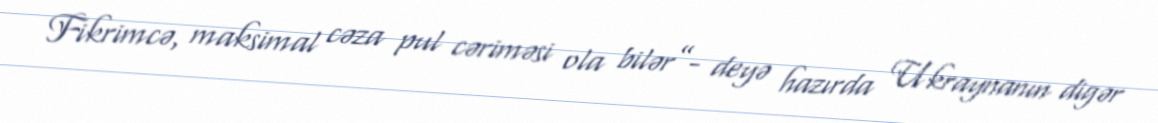
Fikrimcə, maksimal cəza pul cəriməsi ola bilər”- deyə hazırda Ukraynanın digər